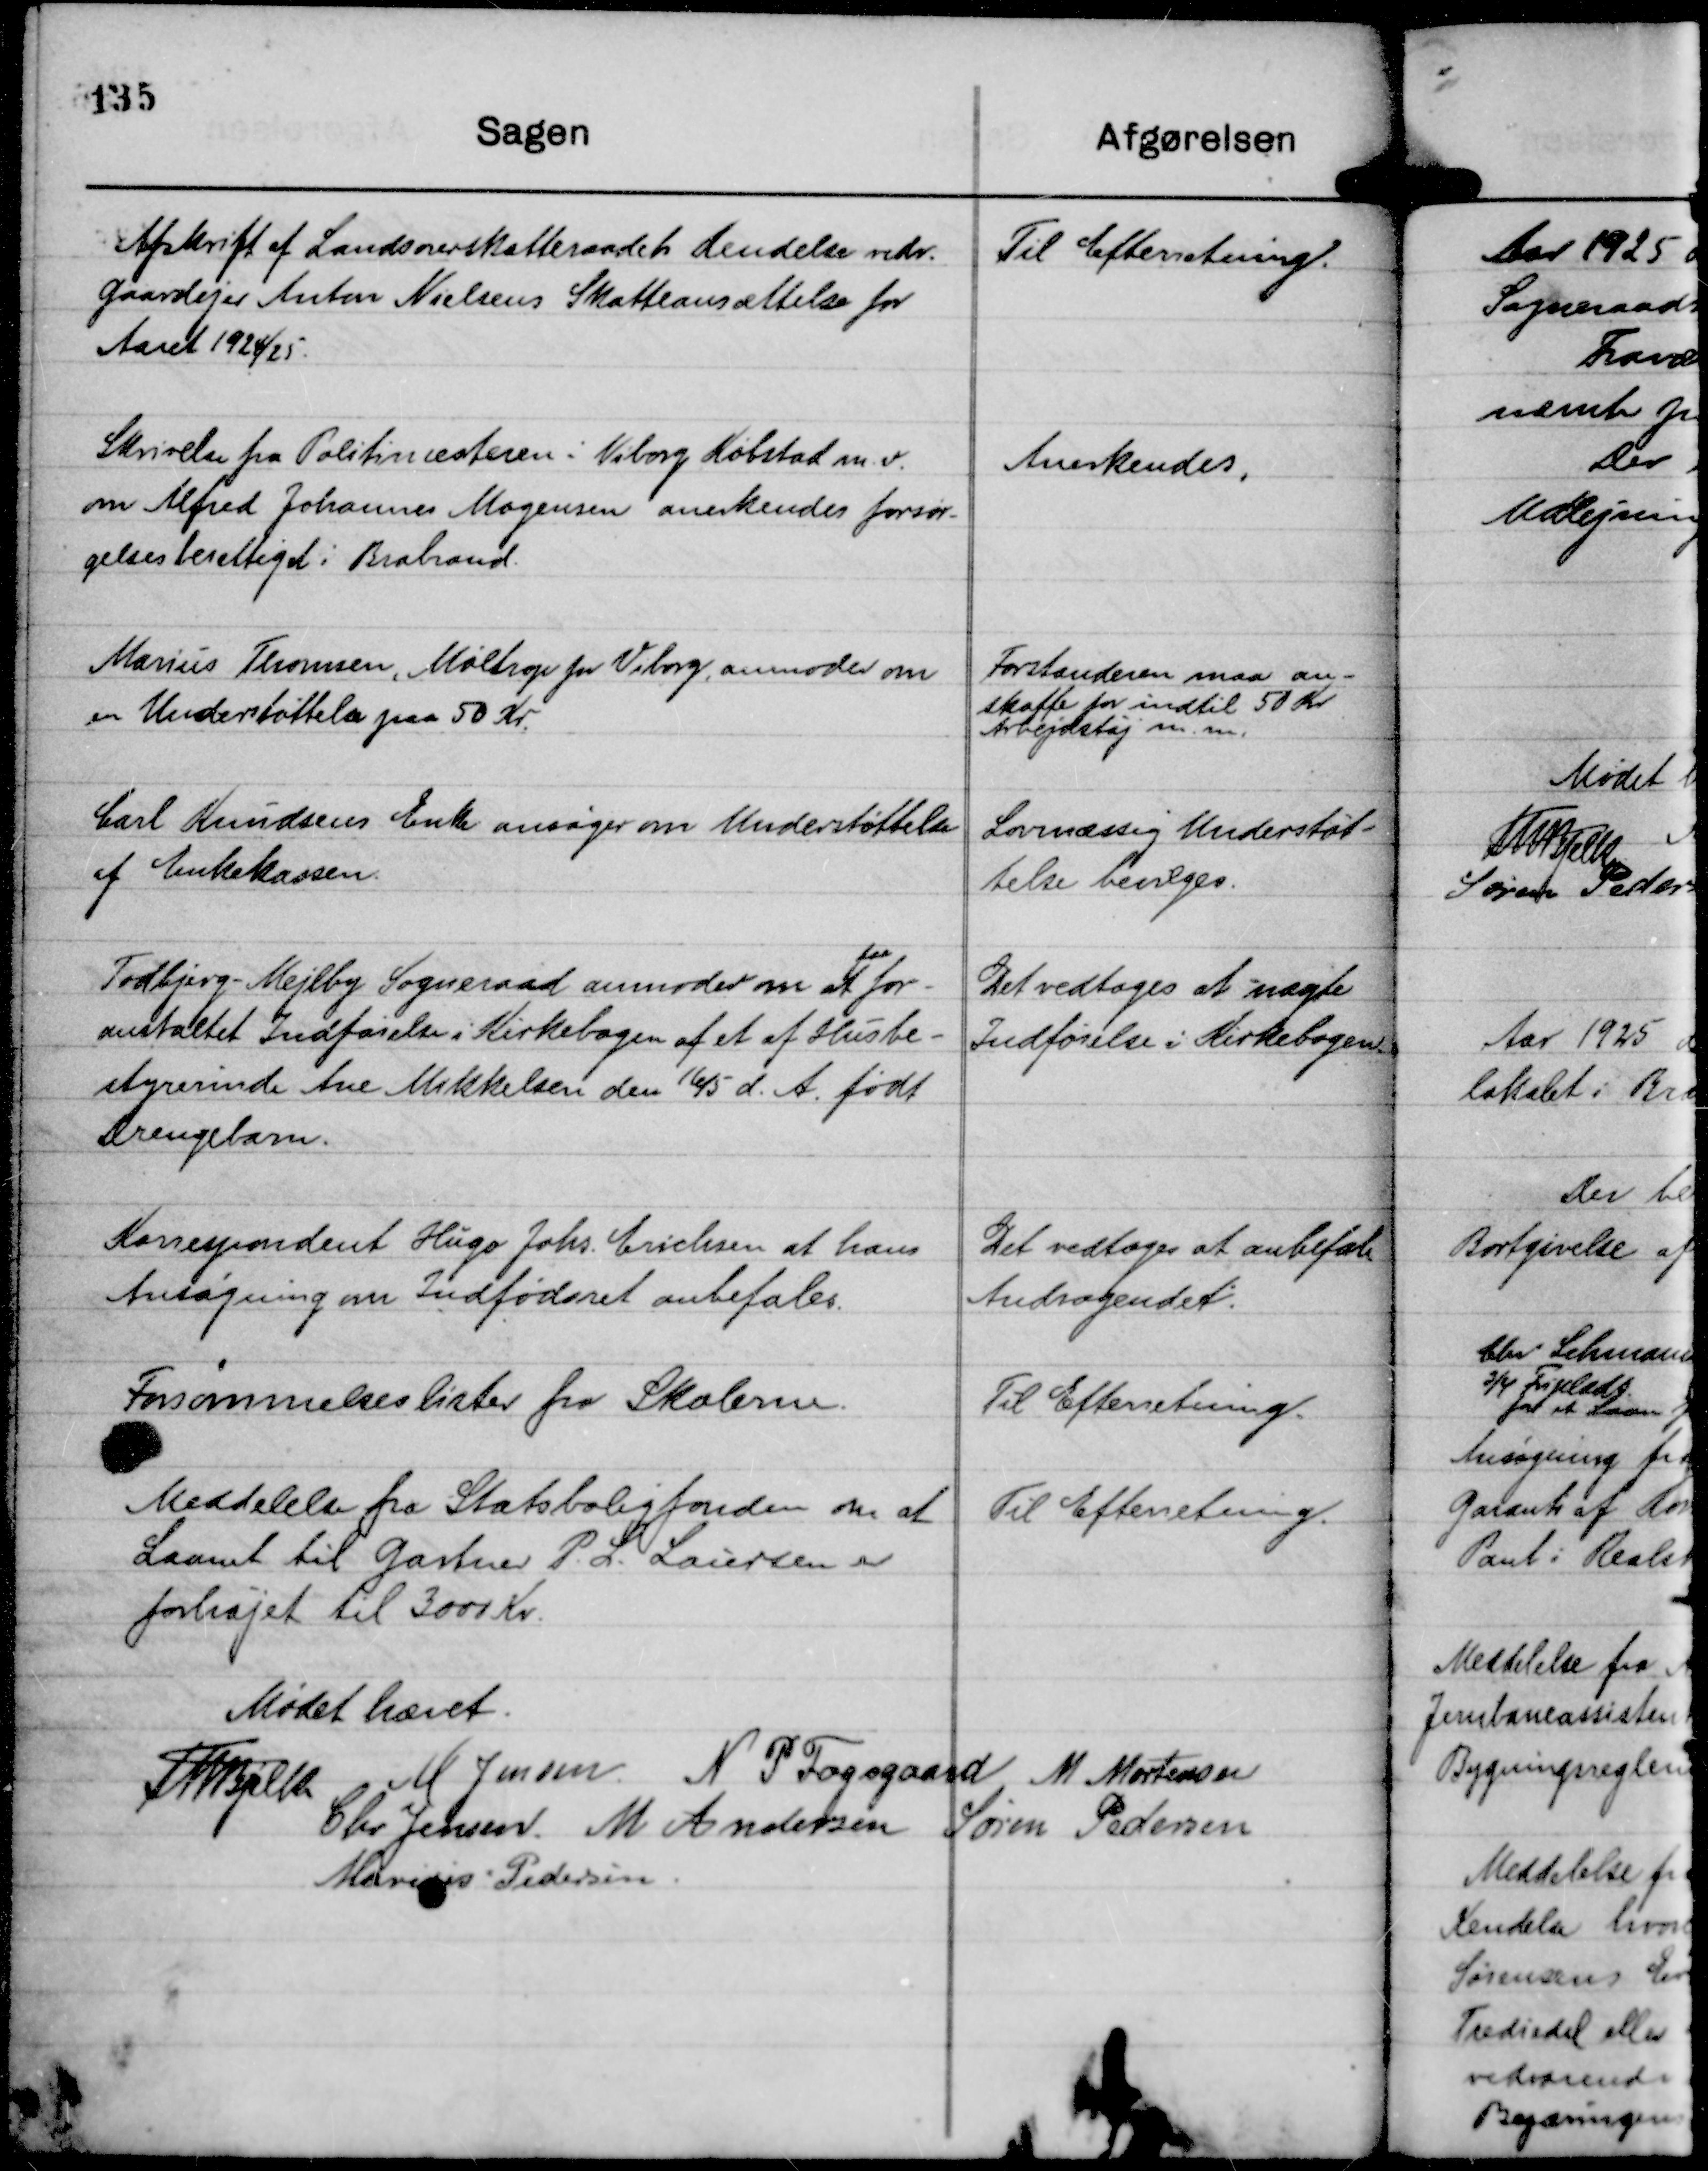
Transskription:
Afskrift af Landsoverskatteraadets Kendelse vedr.
Gaardejer Anton Nielsens Skatteansættelse for
Aaret 1924/25.

Til Efterretning.

Skrivelse fra Politimesteren i Viborg Købstad m. v.
om Alfred Johannes Mogensen anerkendes forsør-
gelsesberettiget i Brabrand.

Anerkendes.

Marius Thomsen, Møltrop pr Viborg, anmoder om
en Inderstøttelse paa 50 Kr.

Forstanderen maa an-
skaffe for indtil 50 Kr
Arbejdstøj m. m.

Carl Knudsens Enke ansøger om Understøttelse
af Enkekassen.

Lovmæssig Understøt-
telse bevilges.

Todbjerg-Mejlby Sogneraad anmoder om at
faa
for-
anstaltet Indførelse i Kirkebogen af et af Husbe-
styrerinde Ane Mikkelsen den 16/5 d. A. født
Drengebarn.

Det vedtoges at nægte
Indførelse i Kirkebogen.

Korrespondent Hugo Johs. Erichen at hans
Ansøgning om Indfødsret anbefales.

Det vedtoges at anbefale
Andragendet.

Forsømmelseslister fra Skolerne.

Til Efterretning.

Meddelelse fra Statsboligfonden om at
Laanet til Gartner P. L. Laursen er
forhøjet til 3000 Kr.

Til Efterretning.

Mødet hævet.
Th Bjelke
M Jensen.
N P Fogsgaard
M Mortensen
Chr Jensen.
M Andersen
Søren Pedersen
Marius Pedersen.